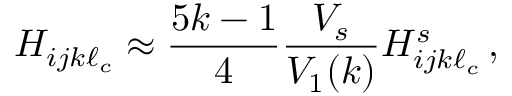
H _ { i j k \ell _ { c } } \approx \frac { 5 k - 1 } { 4 } \frac { V _ { s } } { V _ { 1 } ( k ) } H _ { i j k \ell _ { c } } ^ { s } \, ,